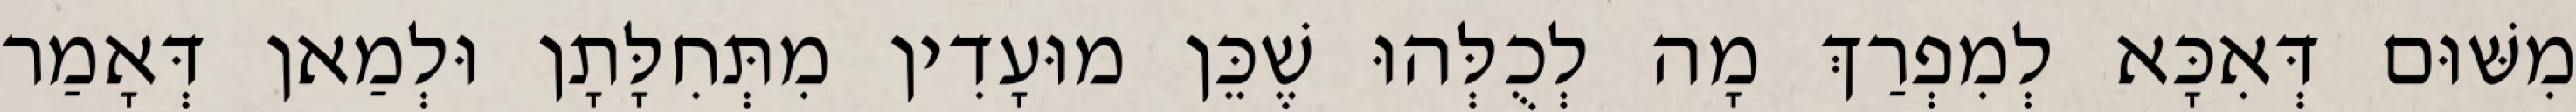
מִשּׁוּם דְּאִכָּא לְמִפְרַךְ מָה לְכֻלְּהוּ שֶׁכֵּן מוּעָדִין מִתְּחִלָּתָן וּלְמַאן דְּאָמַר